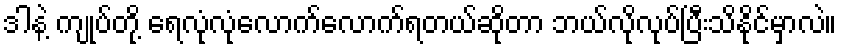
ဒါနဲ့ ကျုပ်တို့ ရေလုံလုံလောက်လောက်ရတယ်ဆိုတာ ဘယ်လိုလုပ်ပြီးသိနိုင်မှာလဲ။